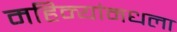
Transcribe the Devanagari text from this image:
महिन्यांमधला